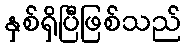
နှစ်ရှိပြီဖြစ်သည်